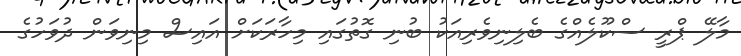
މާލޭ ޕްރީ ސްކޫލެއްގެ ބެލިނިވެރިއަކު ބުނި ގޮތުގައި މިހާރަކަށް އައިސް މިނިވަން ދުވަހުގެ